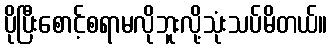
ပိုပြီးစောင့်စရာမလိုဘူးလို့သုံးသပ်မိတယ်။